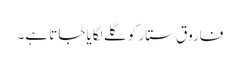
فاروق ستار کو گلے لگایا جاتا ہے۔